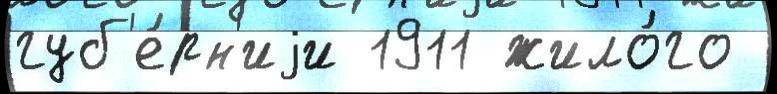
губ'е́рн'иjи 1911 жило́го